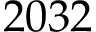
2 0 3 2